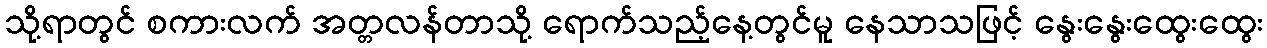
သို့ရာတွင် စကားလက် အတ္တလန်တာသို့ ရောက်သည့်နေ့တွင်မူ နေသာသဖြင့် နွေးနွေးထွေးထွေး